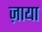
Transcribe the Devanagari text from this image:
ज़ाया